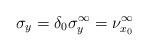
LaTeX: \begin{align*}\sigma_y = \delta_0 \sigma_y^\infty = \nu_{x_0}^\infty \end{align*}